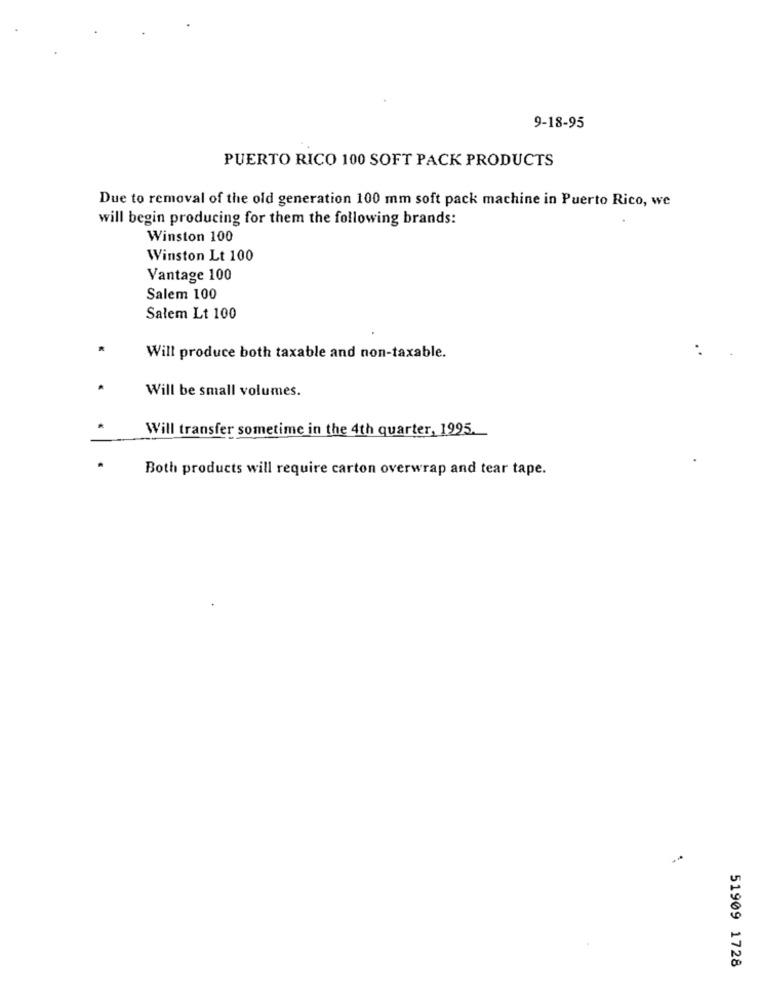
9-18-95
PUERTO RICO 100 SOFT PACK PRODUCTS
Due to removal of the old generation 100 mm soft pack machine in Puerto Rico, we
will begin producing for them the following brands:
Winston 100
Winston Lt 100
Vantage 100
Salem 100
Sałem Lt 100
Will produce both taxable and non-taxable.
Will be small volumes.
Will transfer sometime in the 4th quarter, 1995.
Both products will require carton overwrap and tear tape.
51909 1728